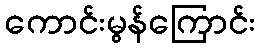
ကောင်းမွန်ကြောင်း